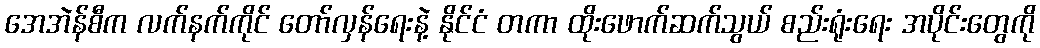
အေအဲန်စီက လက်နက်ကိုင် တော်လှန်ရေးနဲ့ နိုင်ငံ တကာ ထိုးဖောက်ဆက်သွယ် စည်းရုံးရေး အပိုင်းတွေကို